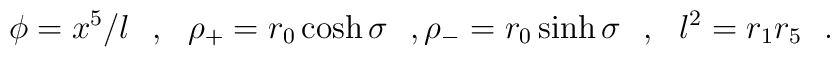
\phi=x^5/l~~,~~\rho_+=r_0\cosh\sigma~~,\rho_-=r_0\sinh\sigma~~,~~l^2=r_1 r_5~~.